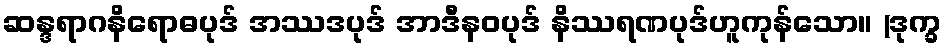
ဆန္ဒရာဂနိရောဓပုဒ် အဿဒပုဒ် အာဒီနဝပုဒ် နိဿရဏပုဒ်ဟူကုန်သော။ (ဒုက္ခ